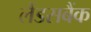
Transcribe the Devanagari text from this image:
लैंडसबैंक